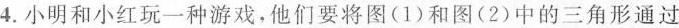
4.小明和小红玩一种游戏，他们要将图(1)和图(2)中的三角形通过